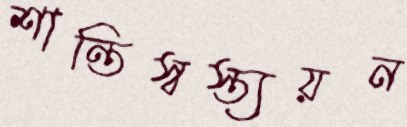
শান্তিস্বস্ত্যয়ন